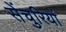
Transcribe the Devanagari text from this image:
सेंचुरियों